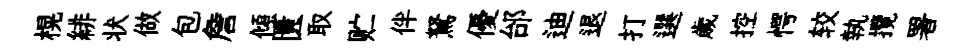
榥緋状做包詹傾匱取贮伴駑優邰迪退打選歳控愕较執攬署